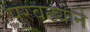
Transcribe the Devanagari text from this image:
पुरवठ्याने